Vaccination North-Western Provinces 1866-1877 - 1866-1877
Year: 1866
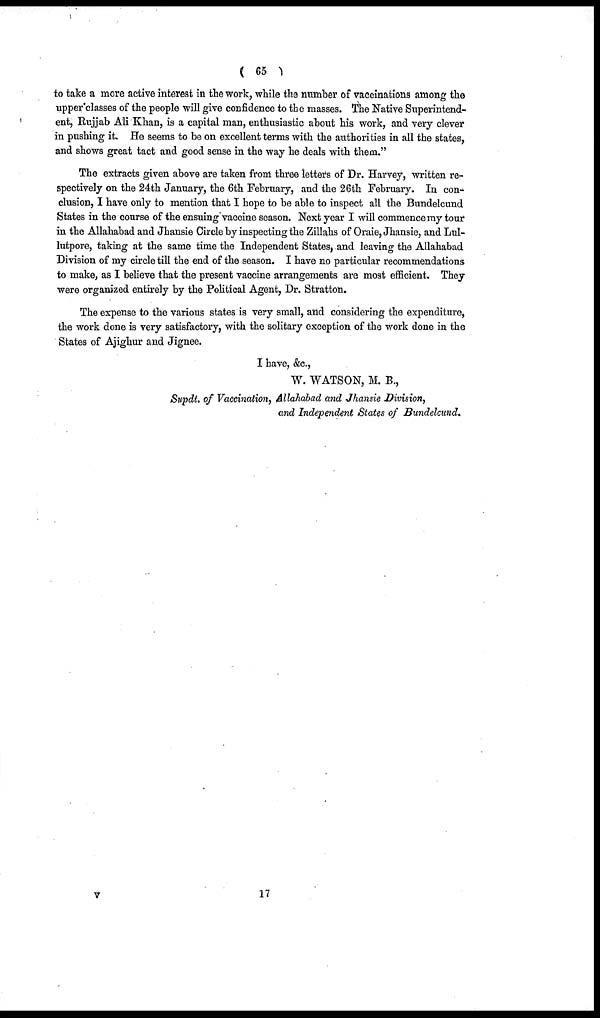
( 65 )
to take a more active interest in the work, while the number of vaccinations among the
upper classes of the people will give confidence to the masses. The Native Superintend-
ent, Rujjab Ali Khan, is a capital man, enthusiastic about his work, and very clever
in pushing it. He seems to be on excellent terms with the authorities in all the states,
and shows great tact and good sense in the way he deals with them."
The extracts given above are taken from three letters of Dr. Harvey, written re-
spectively on the 24th January, the 6th February, and the 26th February. In con-
clusion, I have only to mention that I hope to be able to inspect all the Bundelcund
States in the course of the ensuing vaccine season. Next year I will commence my tour
in the Allahabad and Jhansie Circle by inspecting the Zillahs of Oraie, Jhansie, and Lul-
lutpore, taking at the same time the Independent States, and leaving the Allahabad
Division of my circle till the end of the season. I have no particular recommendations
to make, as I believe that the present vaccine arrangements are most efficient. They
were organized entirely by the Political Agent, Dr. Stratton.
The expense to the various states is very small, and considering the expenditure,
the work done is very satisfactory, with the solitary exception of the work done in the
States of Ajighur and Jignee.
I have, &c.,
W. WATSON, M. B.,
Supdt. of Vaccination, Allahabad and Jhansie Division,
and Independent States of Bundelcund.
v
17